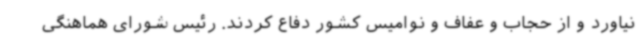
نیاورد و از حجاب و عفاف و نوامیس کشور دفاع کردند. رئیس شورای هماهنگی